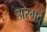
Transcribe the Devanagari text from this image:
अस्गर्द